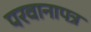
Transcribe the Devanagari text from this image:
परवानापत्र